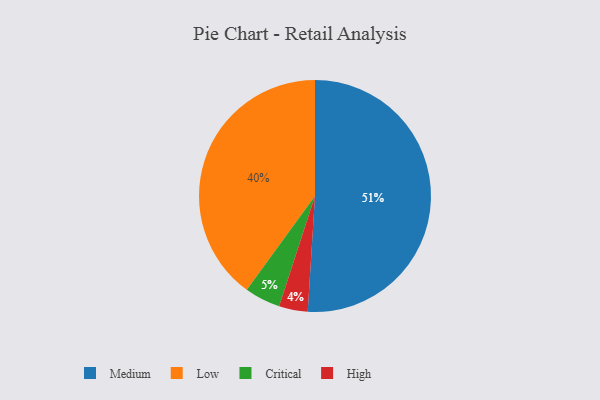
{"axis": {"x": "Category", "y": "Percentage"}, "legend": ["Critical", "High", "Low", "Medium"], "data": [{"x": "Critical", "y": 5, "type": "Critical"}, {"x": "Low", "y": 40, "type": "Low"}, {"x": "High", "y": 4, "type": "High"}, {"x": "Medium", "y": 51, "type": "Medium"}]}